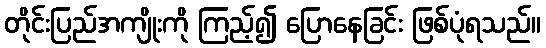
တိုင်းပြည်အကျိုးကို ကြည့်၍ ပြောနေခြင်း ဖြစ်ပုံရသည်။